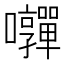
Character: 𭍄